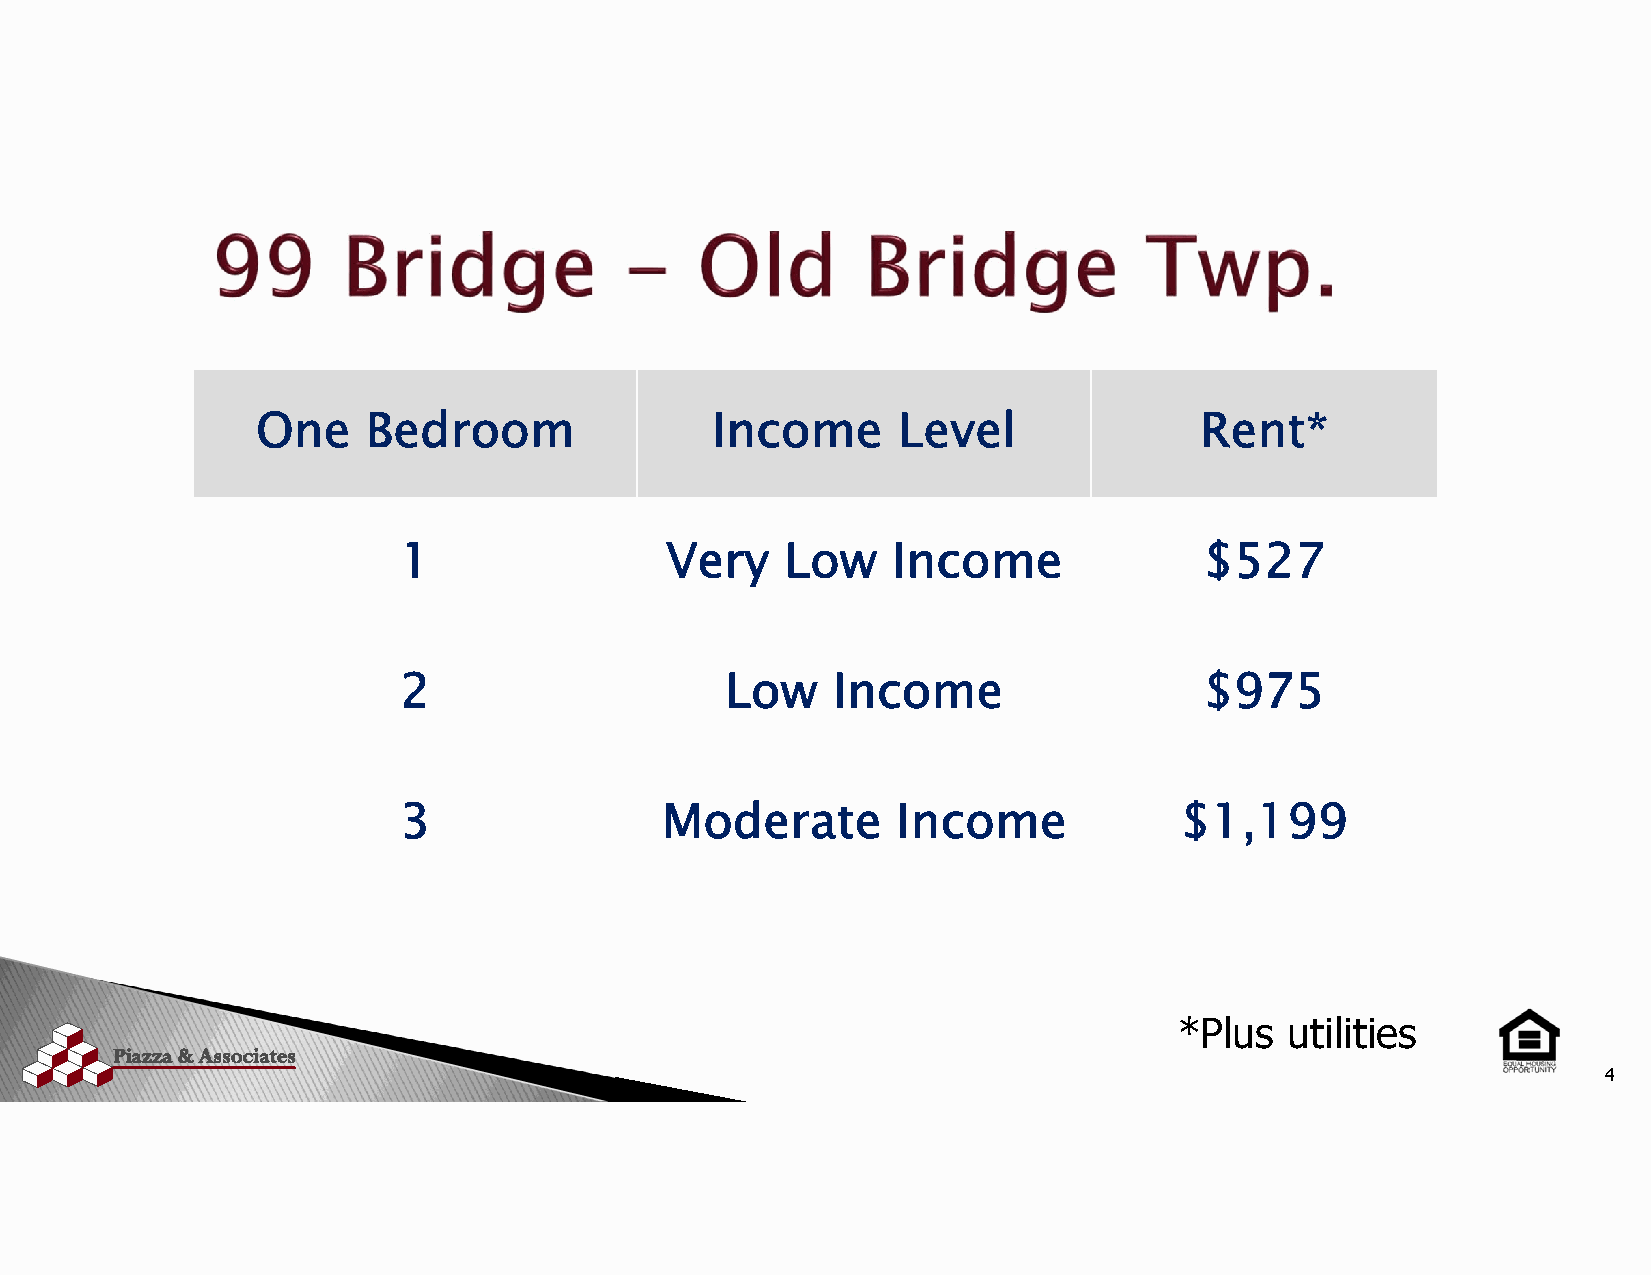
One    Bedroom                Income      Level               Rent*
 1                 Very    Low    Income               $527
 2                     Low    Income                   $975
 3                 Moderate       Income             $1,199
 *Plus  utilities
 4